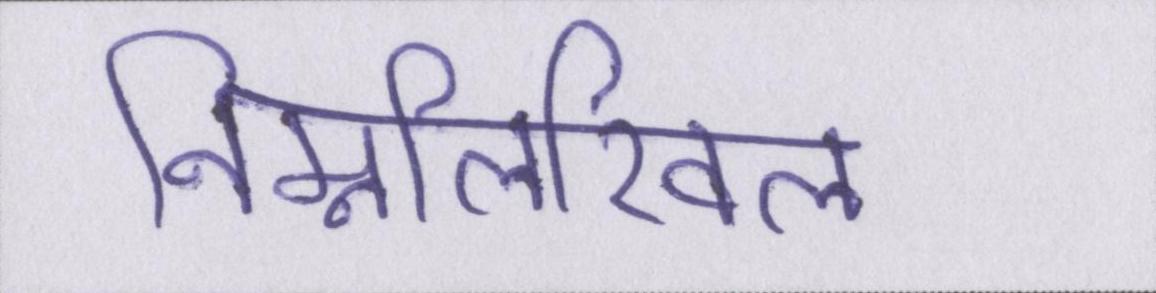
निम्नलिखिल